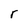
Character: r